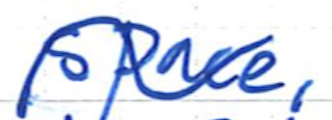
Text: space,
Cross-out: wave
Writing tool: ballpoint